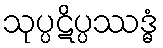
သုပ္ပဋိပ္ပဿဒ္ဓံ